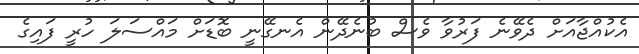
އެކުއްޖާއަށް ދެވޭނެ ފަރުވާ ވެސް ބުނެދޭން އެނގޭނީ ބޮޑަށް މައްސަލަ ހުރީ ފައިގެ